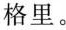
格里。